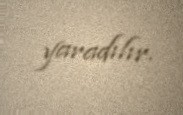
yaradılır.